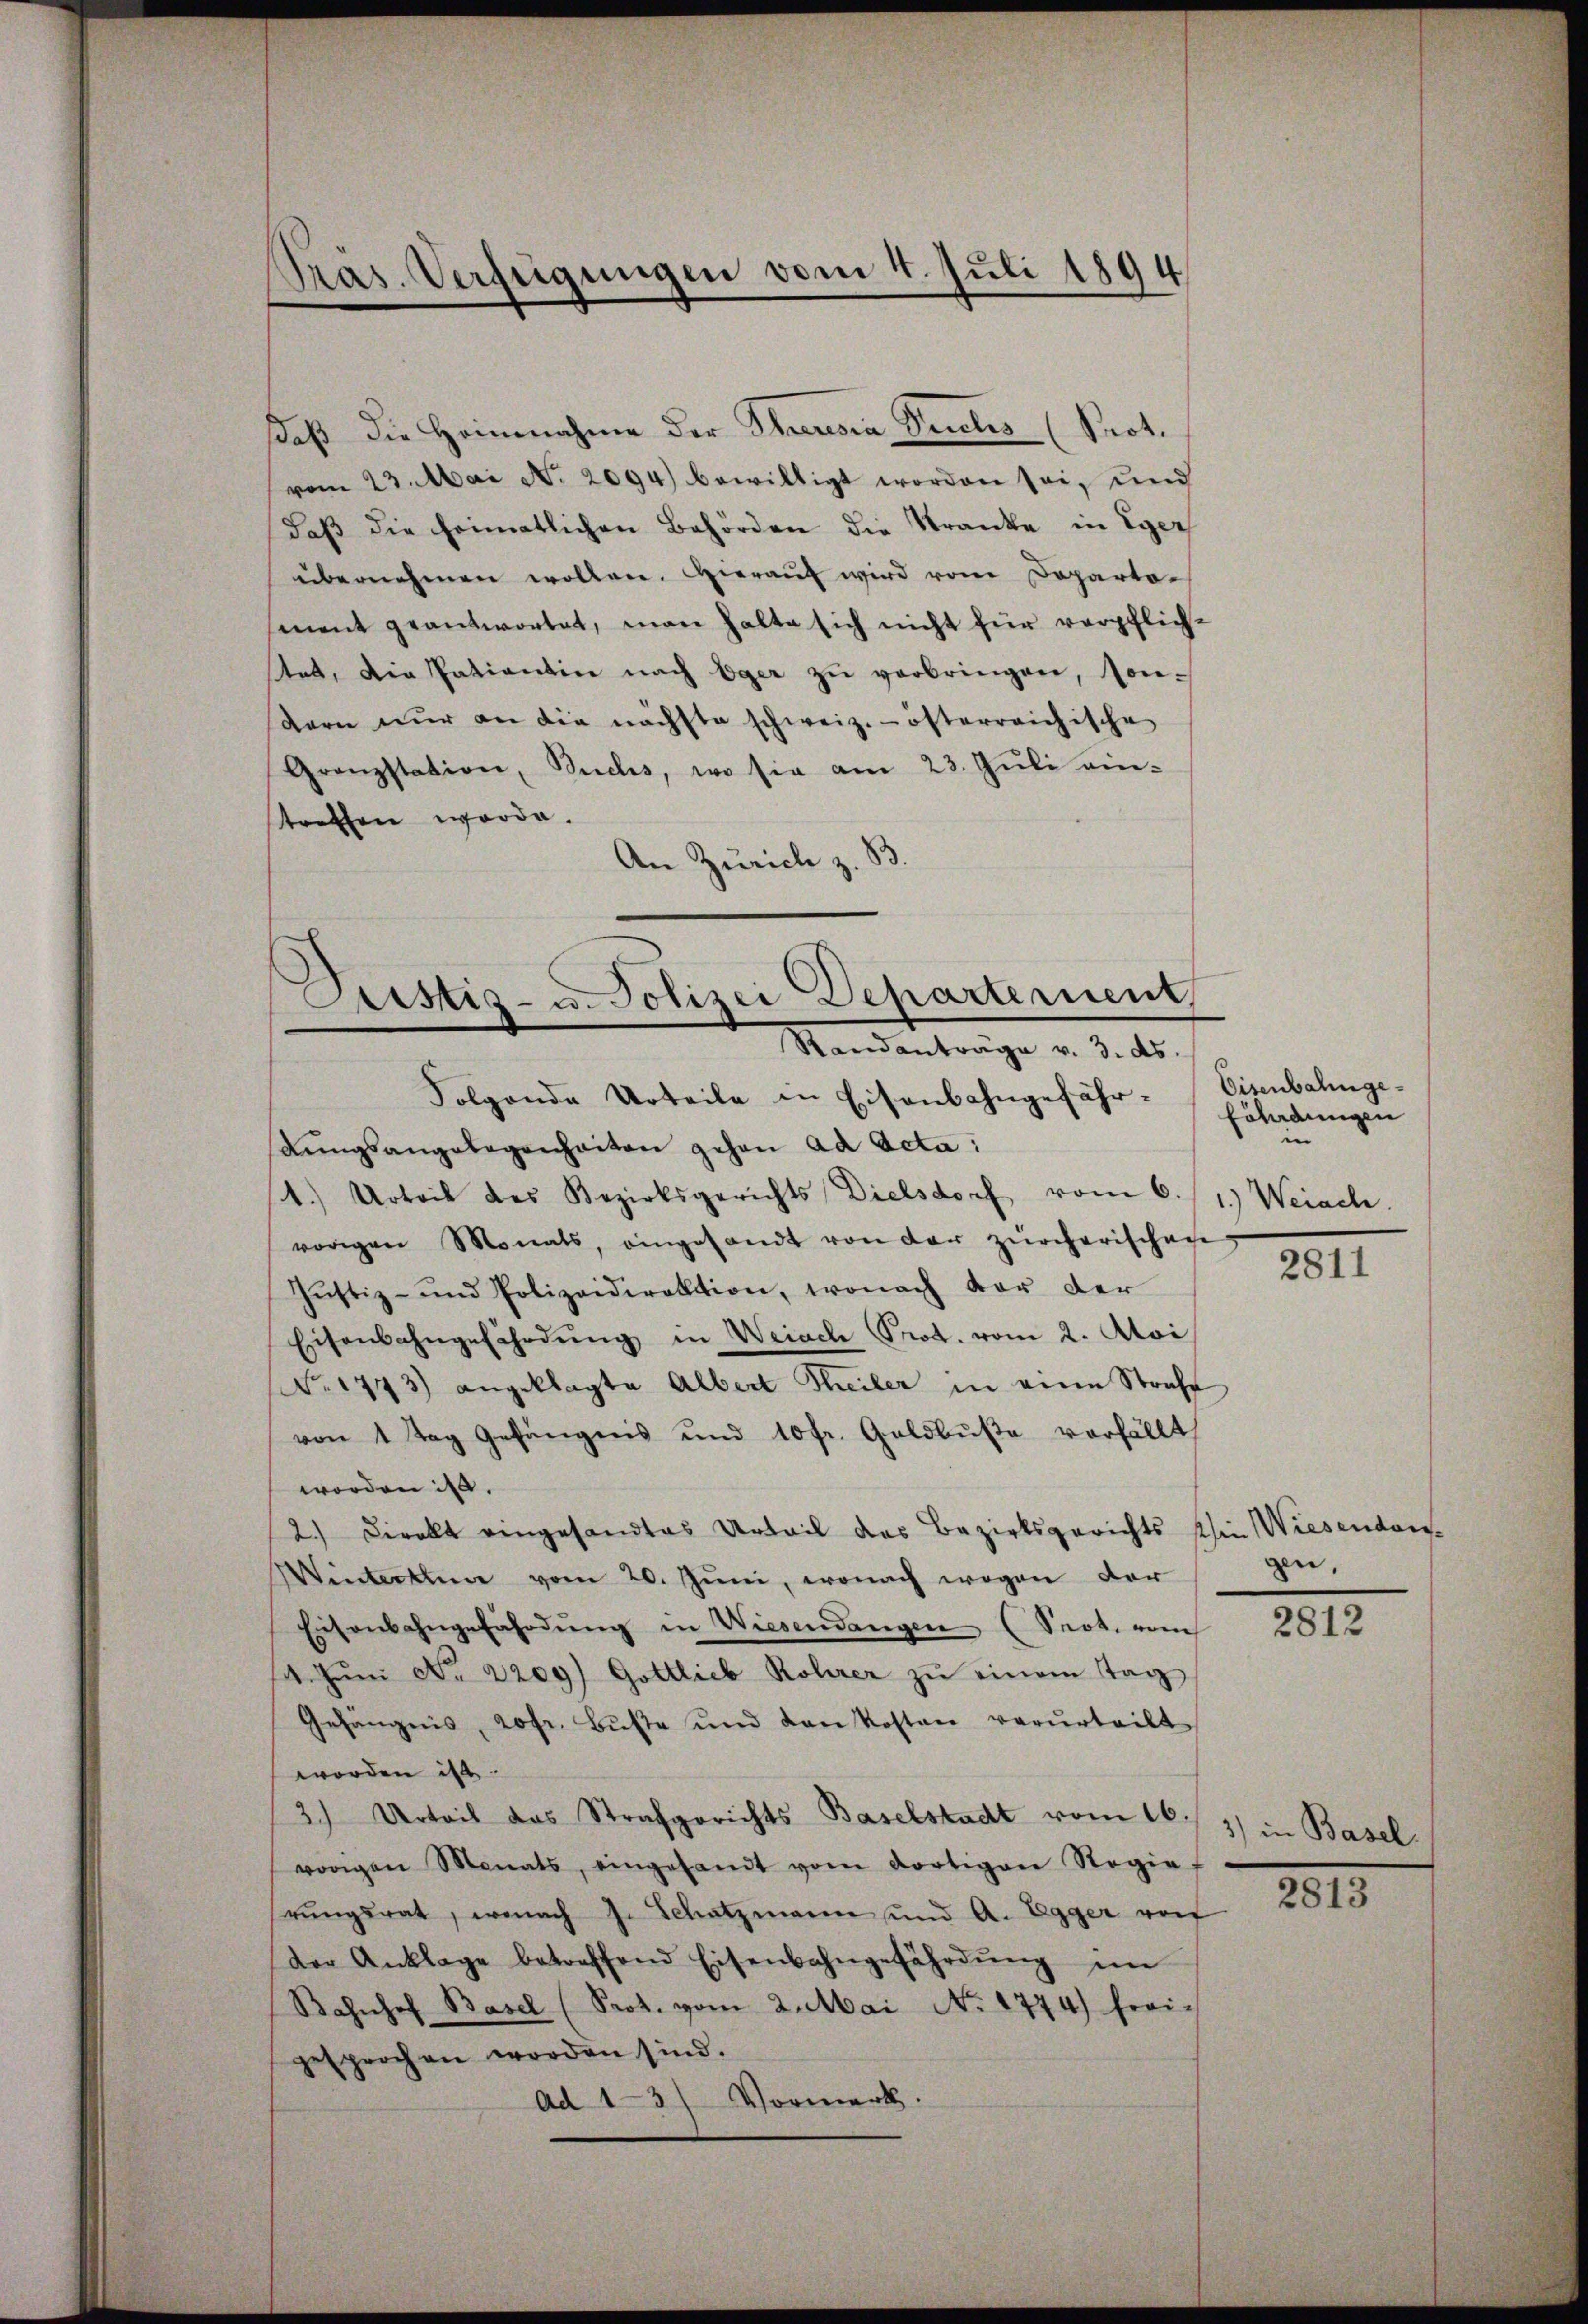
Präs. Verfügungen vom 4. Juli 1894

daß die Heinnahme der Theresia Puches (Prot.
vom 23. Mai No 2094) bewilligt worden sei, und
daβ die heimatlichen Behörden die Kranke in Eger
übernehmen wollen. Hierauf wird vom Departoment geantwortet, man halte sich nicht für verpflich-
tet, die sationsin nach Eger zŭ verbringen, son-
dern nŭr an die nächste schweiz.- österreichische
Granzstation, Buchs, wo sie am 23. Juli eintrathen worde.
An Zürich z. B.
Folgende Urteile in Eisenbahngefährdŭngsangelegenheiten gehen ad Acta:
1.) Urteil des Bezirksgerichts Dielsdorf vom 6.
vorigen Monats, eingesandt von der zürcherischen
Jŭstiz- und Polizeidirektion, wonach vor der
Eisenbahngefährdŭng in Weiach Prot. vom 2. Aloi
No. 1773) angeklagte Albert Theiler in eine Strafe
von 1 Tag Gefängnis und 10 fr. Geldbuße verfällt,
worden ist.
2.) Direkt eingesandtes Urteil das Bezirksgerichts hin Wiesendan¬
Winterten vom 20. Jŭni, wonach wegen der
Eisenbahngefährdŭng in Wiesendangen (Seot. vom
4. Jŭni No 2209) Gottlieb Rohrer zŭ einem Tag
Gefängnis, 20fr. Büste und von kosten verurteilt
worden ist.
3.) Urteil das Strafgerichts Baselstadt vom 16.
vorigen Monats, eingesandt vom dortigen Regie
rŭngsrat, wonach J. Schatzmann und A. Egger vo
der Anklage betreffend Eisenbahngefährdŭng im
Bahnhof Basel (Prot. vom 2. Mai No 1774.) Freigesprochen worden sind.
Ad 13) Vormerk.

Astiz- u. Polizei Departerient,
Randanträge v. 3. ds.

Eisenbahnge¬
Eöhndungen
 |
1.) Weiach.

2811

gen,

2812

3) in Basel.

2813